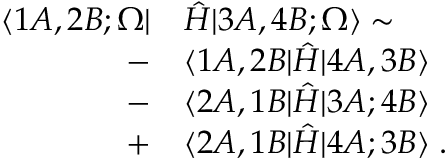
\begin{array} { r l } { \langle 1 A , 2 B ; \Omega | } & { { } \hat { H } | 3 A , 4 B ; \Omega \rangle \sim } \\ { - } & { { } \langle 1 A , 2 B | \hat { H } | 4 A , 3 B \rangle } \\ { - } & { { } \langle 2 A , 1 B | \hat { H } | 3 A ; 4 B \rangle } \\ { + } & { { } \langle 2 A , 1 B | \hat { H } | 4 A ; 3 B \rangle \; . } \end{array}